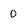
Character: 0